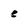
Character: e